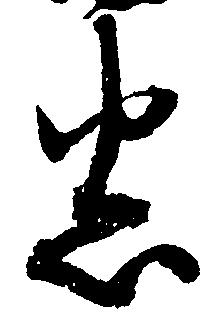
悉